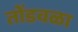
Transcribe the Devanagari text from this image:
तोंडवळा